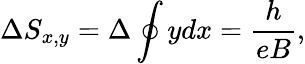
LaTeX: \Delta S_{x,y}=\Delta\oint ydx=\frac{h}{eB},